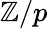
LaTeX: \mathbb{Z}/p